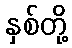
နှစ်တို့